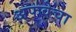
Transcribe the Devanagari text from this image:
अफवेचा